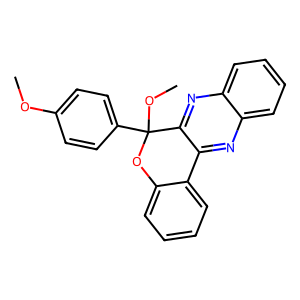
SMILES: COc1ccc(C2(OC)Oc3ccccc3-c3nc4ccccc4nc32)cc1
Inhibits HIV replication: No